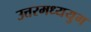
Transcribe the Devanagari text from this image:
उत्तरमध्ययुग